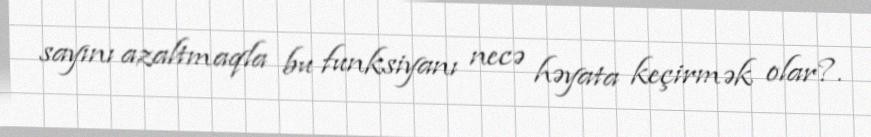
sayını azaltmaqla bu funksiyanı necə həyata keçirmək olar?.